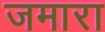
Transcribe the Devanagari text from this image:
जमारा